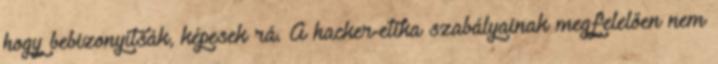
hogy bebizonyítsák, képesek rá. A hacker-etika szabályainak megfelelően nem